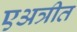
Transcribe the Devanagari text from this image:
एअत्रीत